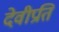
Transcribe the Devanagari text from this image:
देवीप्रति